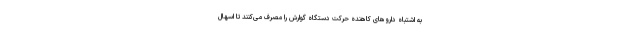
به اشتباه داروهای کاهنده حرکت دستگاه گوارش را مصرف می‌کنند تا اسهال